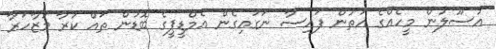
އުސޫލުން މީހެއްގެ އަތުން ފައިސާ ނަގައިގެން އެމްޑީޕީގެ ބޮޑުން ތައް ކުރާ މުޒާހަރާ